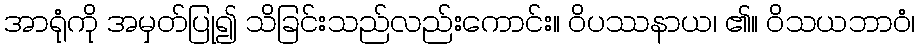
အာရုံကို အမှတ်ပြု၍ သိခြင်းသည်လည်းကောင်း။ ဝိပဿနာယ၊ ၏။ ဝိသယဘာဝံ၊